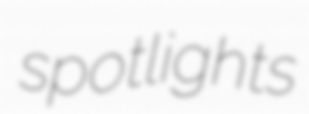
spotlights